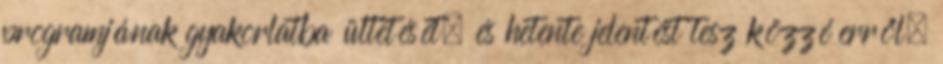
programjának gyakorlatba ültetését, és hetente jelentést tesz közzé erről.